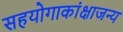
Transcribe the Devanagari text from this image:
सहयोगाकांक्षाजन्य